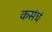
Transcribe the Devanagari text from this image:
कसंचं